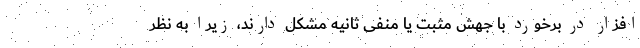
افزار در برخورد با جهش مثبت یا منفی ثانیه مشکل دارند، زیرا به نظر